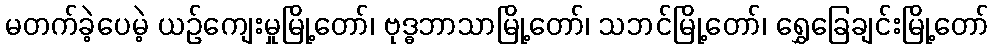
မတက်ခဲ့ပေမဲ့ ယဉ်ကျေးမှုမြို့တော်၊ ဗုဒ္ဓဘာသာမြို့တော်၊ သဘင်မြို့တော်၊ ရွှေခြေချင်းမြို့တော်